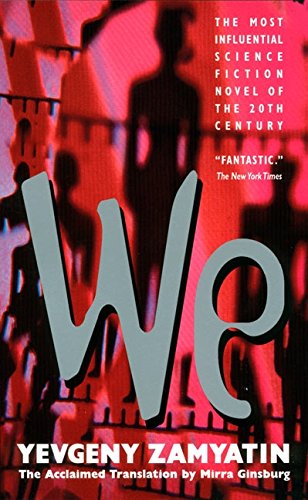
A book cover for We; Yevgeny Zamyatin; Literature & Fiction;